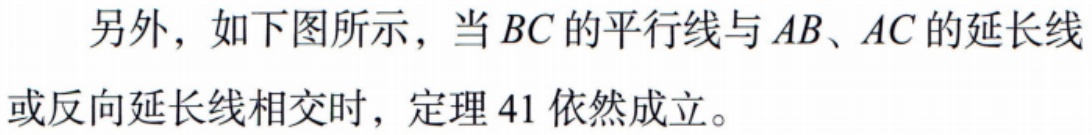
另外，如下图所示，当 \(BC\) 的平行线与 \(AB、AC\) 的延长线或反向延长线相交时，定理 \(41\) 依然成立。